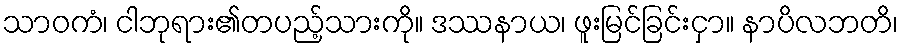
သာဝကံ၊ ငါဘုရား၏တပည့်သားကို။ ဒဿနာယ၊ ဖူးမြင်ခြင်းငှာ။ နာပိလဘတိ၊